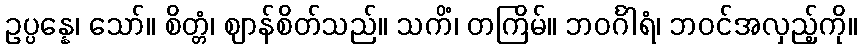
ဥပ္ပန္နေ၊ သော်။ စိတ္တံ၊ ဈာန်စိတ်သည်။ သကိံ၊ တကြိမ်။ ဘဝင်္ဂါရံ၊ ဘဝင်အလှည့်ကို။